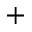
^ +